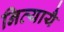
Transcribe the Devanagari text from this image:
नित्यायै